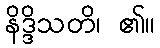
နိဒ္ဒိသတိ၊ ၏။